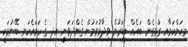
މިކަންކަމާއި ގުޅިގެން ބައެއް ލީޑަރުން ވިދާޅުވަމުން ގެންދަވަނީ އދ ގެ ހަމައެކަނި ބޭނުމަކީ